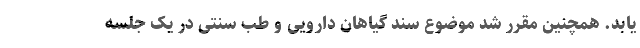
یابد. همچنین مقرر شد موضوع سند گیاهان دارویی و طب سنتی در یک جلسه